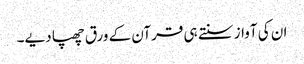
ان کی آواز سنتے ہی قرآن کے ورق چھپا دیے۔